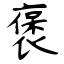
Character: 褒